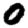
Digit: 0